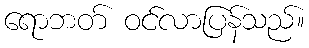
ရောဘတ် ဝင်လာပြန်သည်။